Punjab Mental Hospital Lahore 1932-46 - 1932-1946
Year: 1932
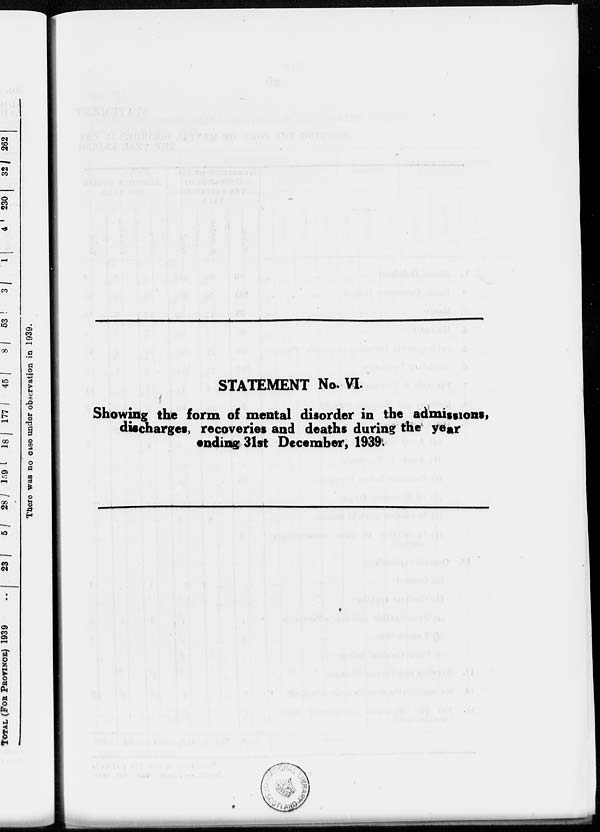
STATEMENT No. VI.
Showing the form of mental disorder in the admissions,
discharges, recoveries and deaths during the year
ending 31st December, 1939